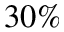
3 0 \%